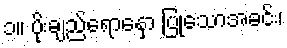
၁။ ပိုးချည်ရောနှော ပြုသောအခင်း၊